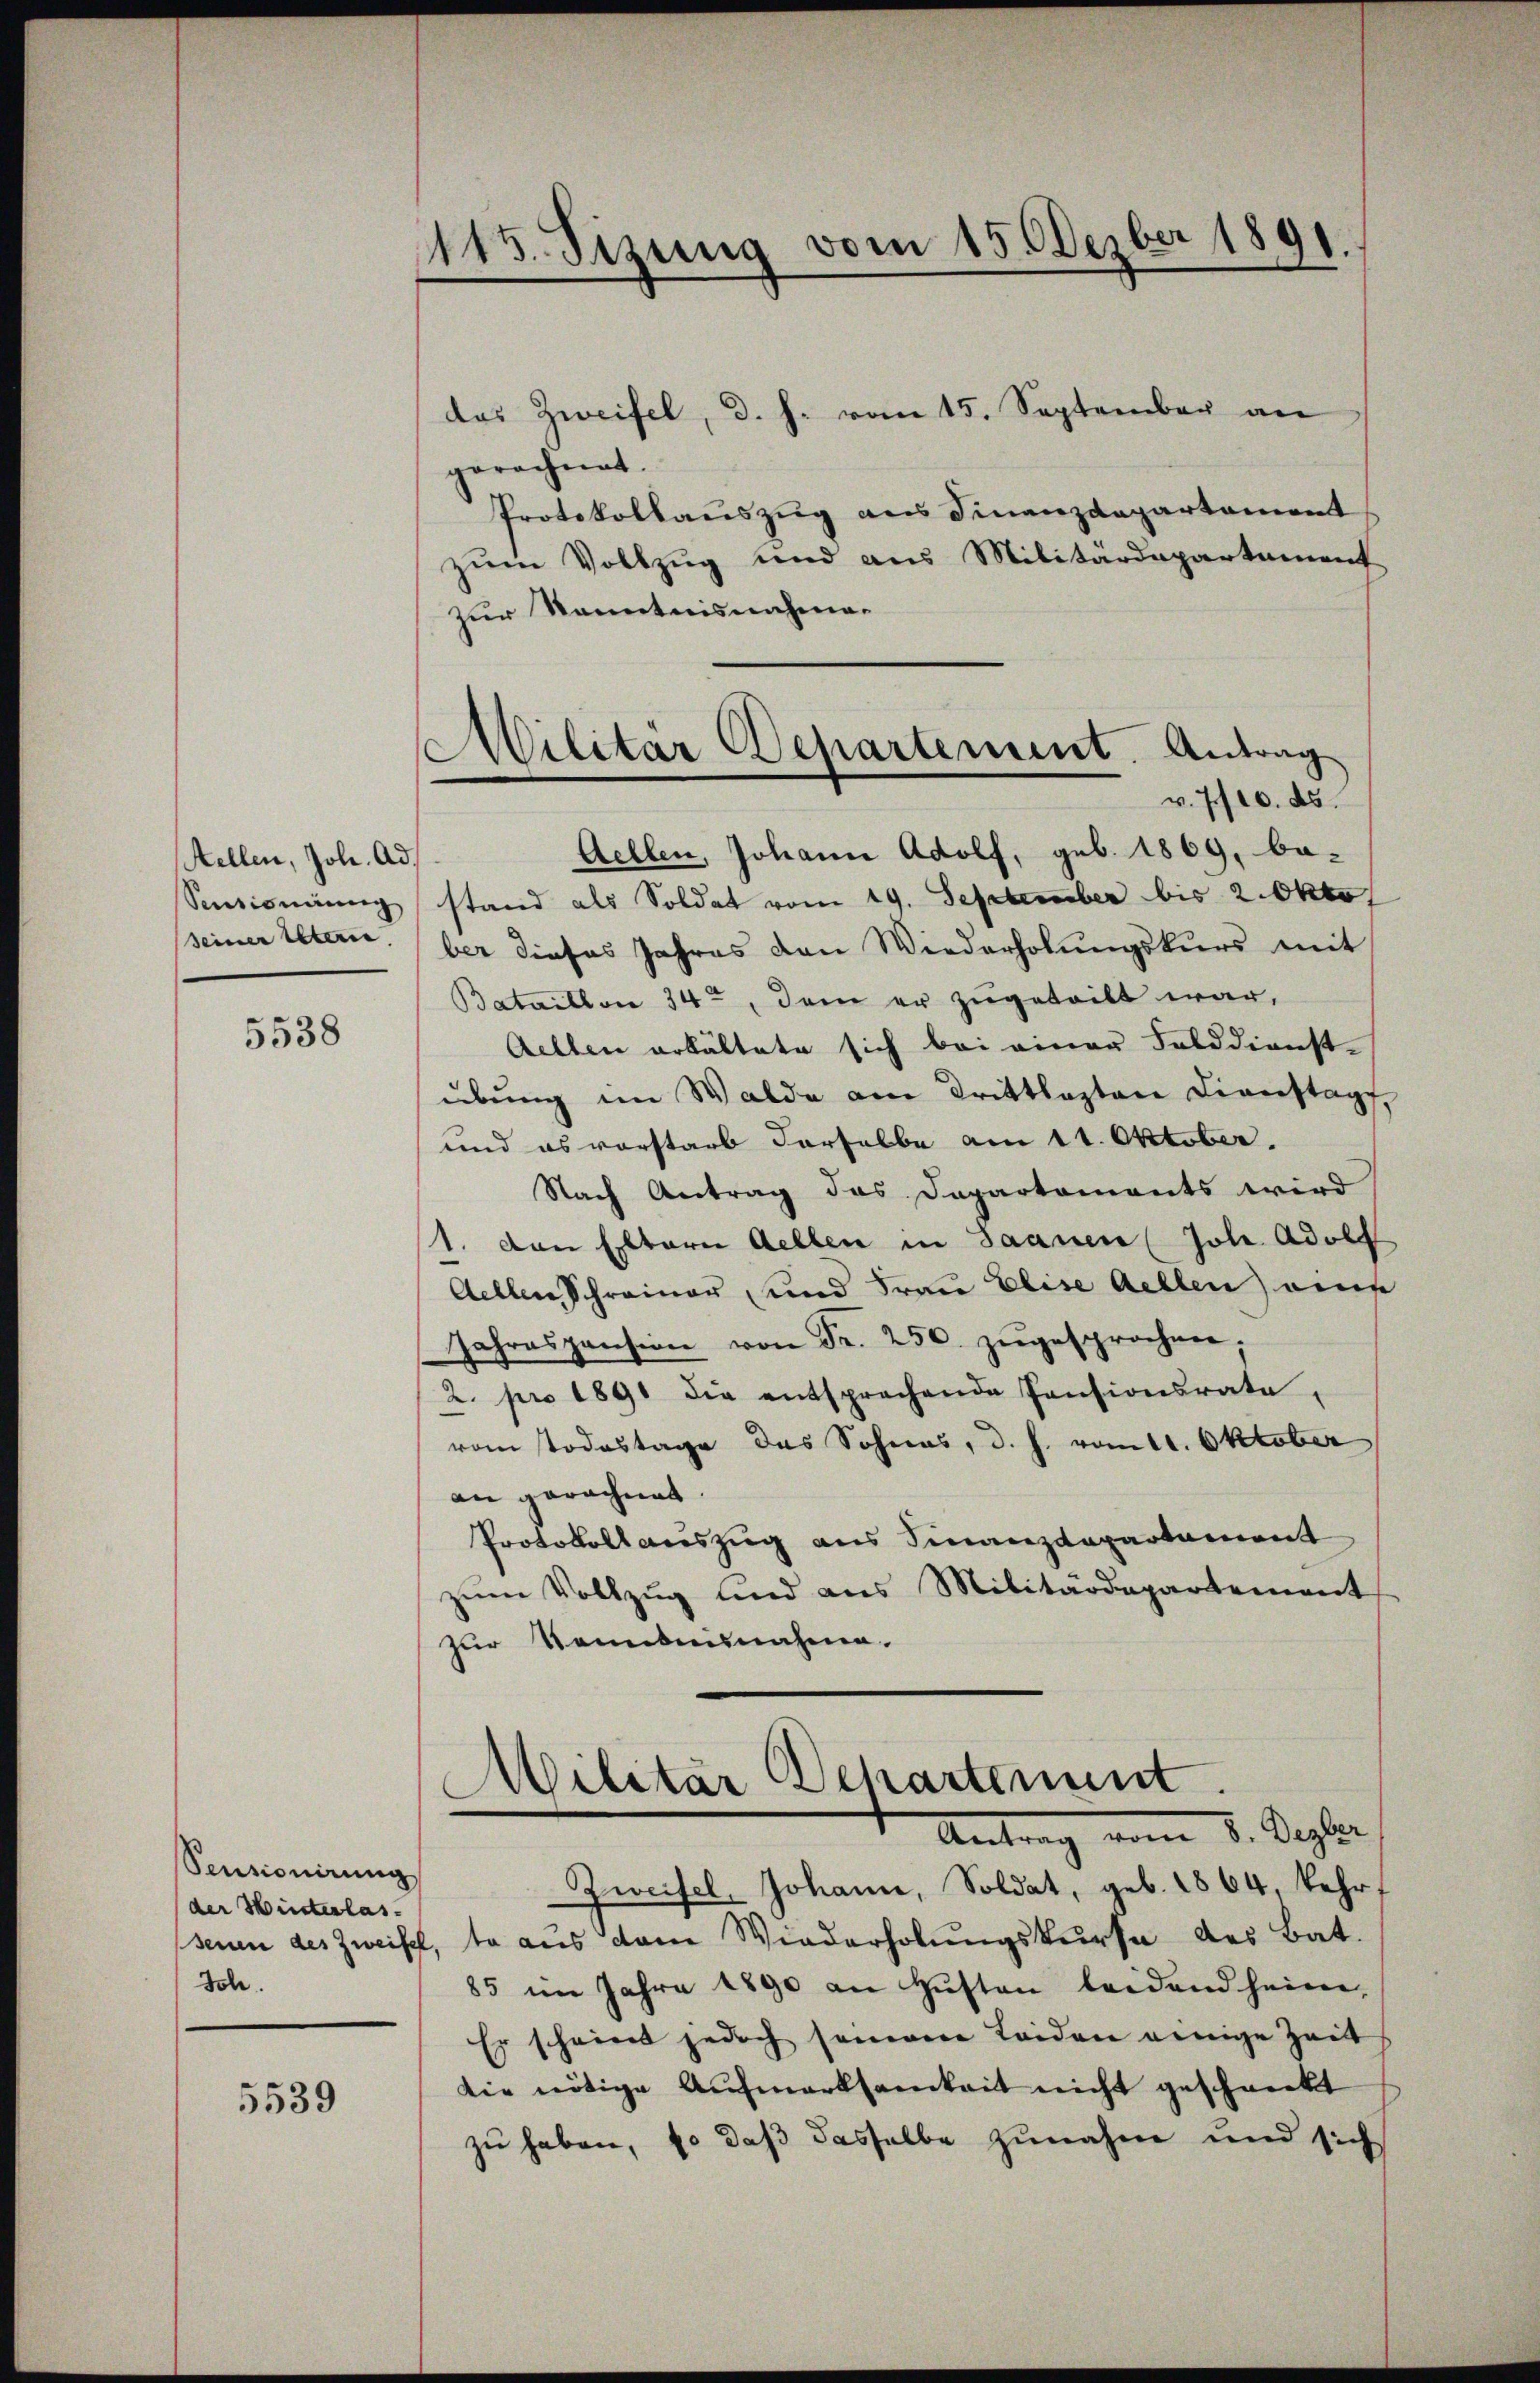
Stellen, Joh. Ad.
Sentionirung
seiner Eltern.

5538

Sentionirung
der Winterlas
Joh.

5539

1145. Sizung vom 15. Dezber 1891.

das Zweifel, d. h. vom 15. September an
gerechnet.
Protokollauszug aus Finanzdepartement
zum Vollzug und aus Militärdepartement
zur Kenntnisnahma¬
Aellen, Johann Adolf, geb. 1869, be-
stand als Soldat vom 19. September bis 2. Okto
ber dieses Jahres den Wiederholungskurs mit
Bataillon 34, dem er zugeteilt war,
Aelten erkältete sich bei einer Felddienst-
übung im Walde am Drittlagten Diverstag,
und es vorstarb derselbe am 11. Oktober.
Nach Antrag das Departements wird
1. von Eltern Gellen in Saanen Joh. Adolf
Aellen Schreiner und Frau Elise Gellen auf
Jahrespension von Fr. 250. zŭgesprochen,
2. pro 1891 die entsprechende Pensionsrate,
vom Todestage des Sohnes, d. h. vom 11. Oktober
an gerechnet
Protokoll auszug aus Finanzdepartament
zŭm Vollzug und aus Militärdepartement
zur Neinbausnahme.
Militär Departement
Antrag vom 8. Septer
Zweifel, Johann, Soldat, geb. 1864, kehrt
seien des Zweifel, ta aus dem Wiederholungskurse des Bat.
85 im Jahre 1890 an Husten leidend heim,
Er scheint jedoch seinem Leiden einige Zeit
Die nötige Aufmerksamkeit nicht geschenkt
zu haben, so daß dasselbe zunahm und sich

s
Wilitär Departement. Antrag
v. 7/10. ds.